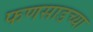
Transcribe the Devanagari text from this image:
फणसाडच्या